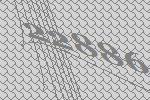
22886